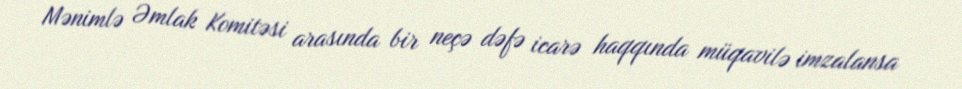
Mənimlə Əmlak Komitəsi arasında bir neçə dəfə icarə haqqında müqavilə imzalansa